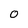
Character: 0